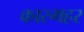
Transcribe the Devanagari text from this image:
कारगहर